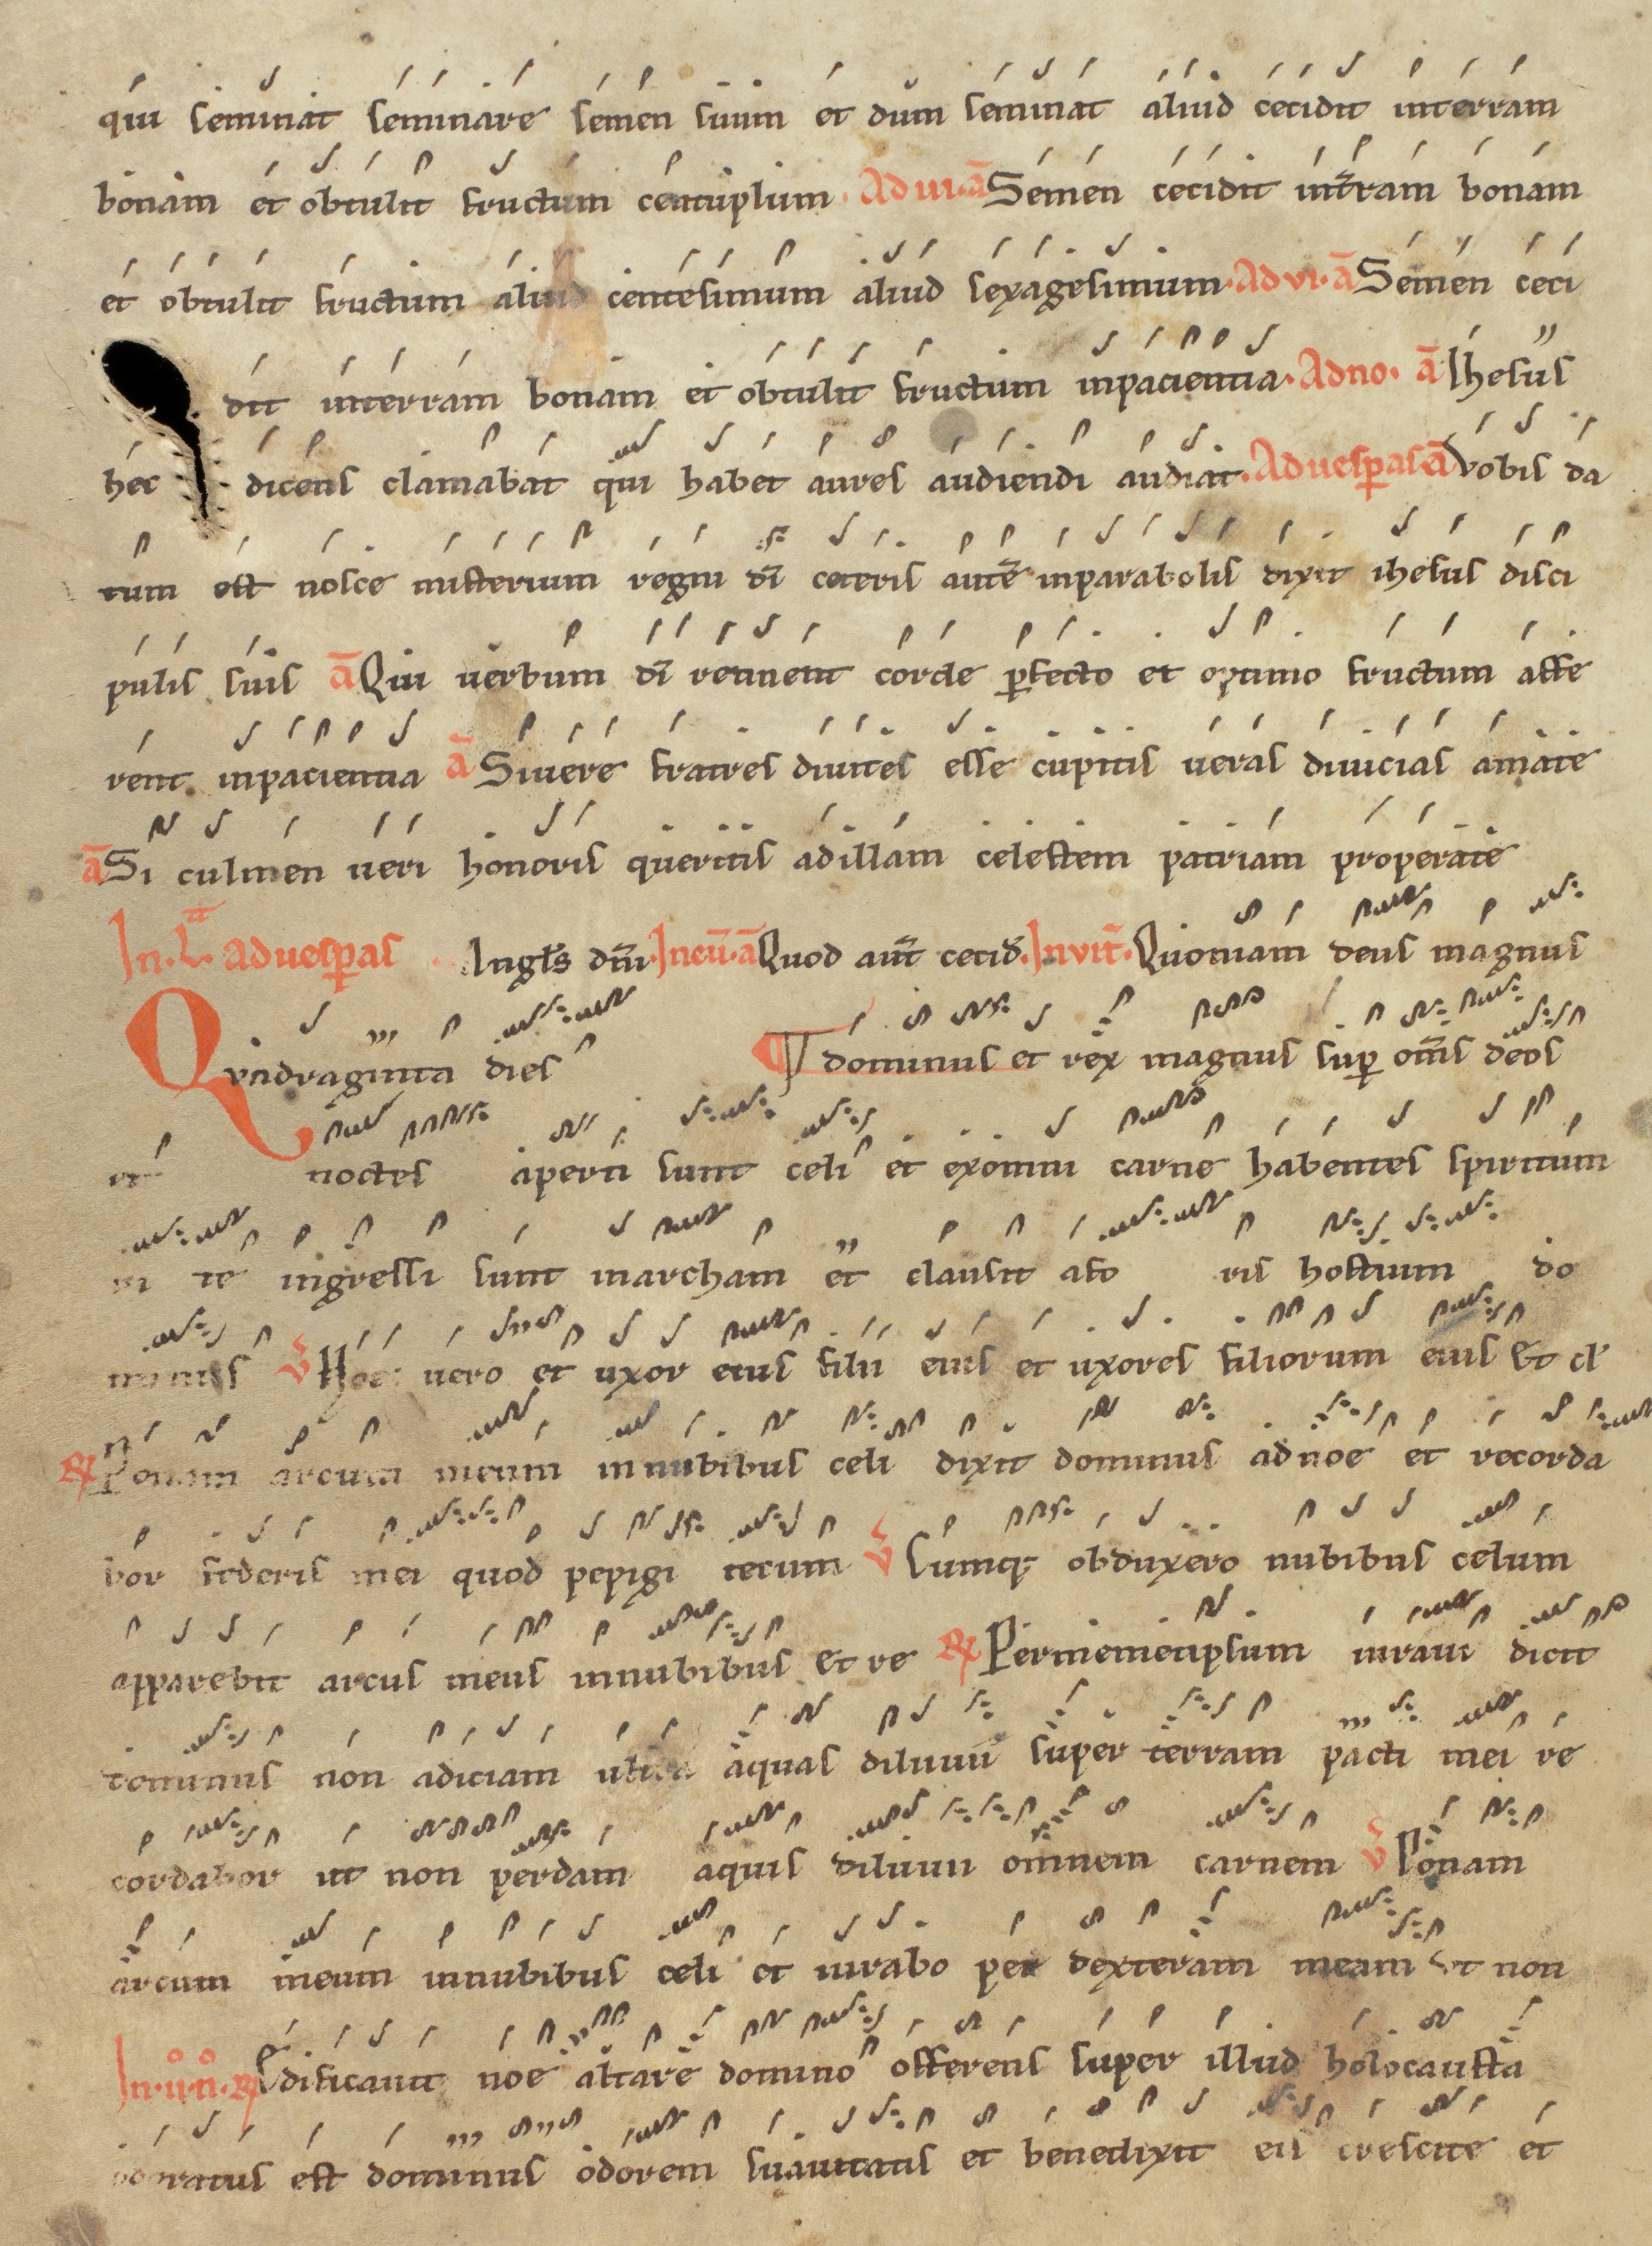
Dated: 1200–1299